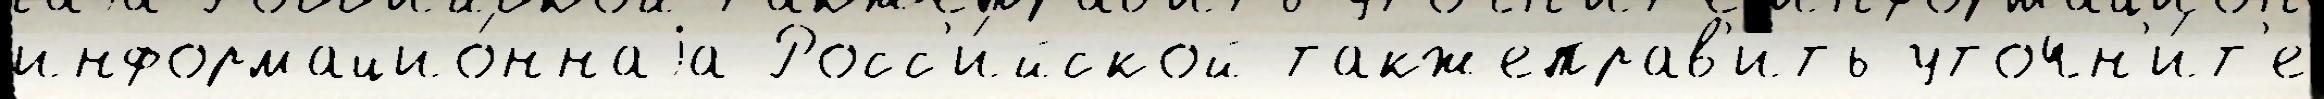
информацио́ннаjа Росс'и́йской такжеправ'ить уточн'и́т'е